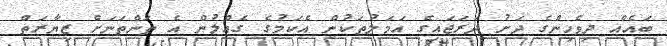
ބައެއް ދިވެހިންގެ ދަށު ދަރަޖައިގެ އަމަލުތަކުން އެކަމުގެ ގެއްލުން އެ ތަންތަނަށް ޒިޔާރަތް